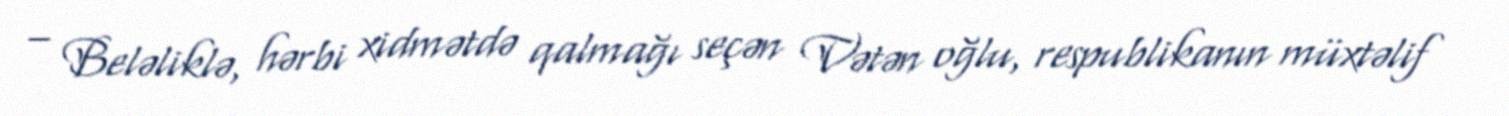
– Beləliklə, hərbi xidmətdə qalmağı seçən Vətən oğlu, respublikanın müxtəlif